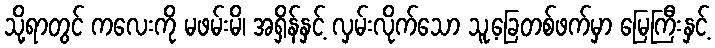
သို့ရာတွင် ကလေးကို မဖမ်းမိ၊ အရှိန်နှင့် လှမ်းလိုက်သော သူ့ခြေတစ်ဖက်မှာ မြေကြီးနှင့်